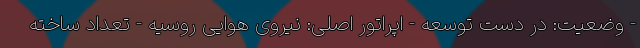
- وضعیت: در دست توسعه - اپراتور اصلی: نیروی هوایی روسیه - تعداد ساخته